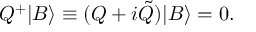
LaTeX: Q ^ { + } | B \rangle \equiv ( Q + i \tilde { Q } ) | B \rangle = 0 .